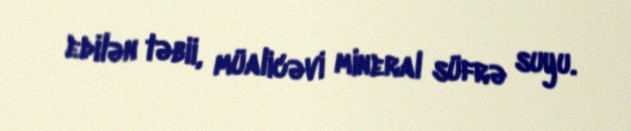
edilən təbii, müalicəvi mineral süfrə suyu.